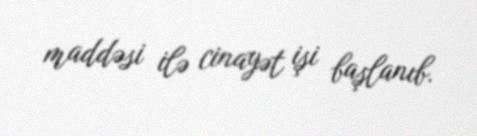
maddəsi ilə cinayət işi başlanıb.